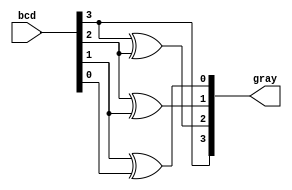
module bcd2gray_gate(gray, bcd);
input [3:0]bcd;
output [3:0]gray;

buf x0(gray[3], bcd[3]);
xor x1(gray[2], bcd[3], bcd[2]);
xor x2(gray[1], bcd[2], bcd[1]);
xor x3(gray[0], bcd[1], bcd[0]);
endmodule

// module bcd2gray_df(gray, bcd);
// 	input [3:0]a;
// 	output [3:0]b;
	
// 	assign b[3] = a[3];
// 	assign b[2] = a[3] ^ a[2];
// 	assign b[1] = a[2] ^ a[1];
// 	assign b[0] = a[1] ^ a[0];
// endmodule